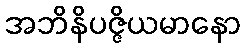
အဘိနိပဇ္ဇိယမာနော